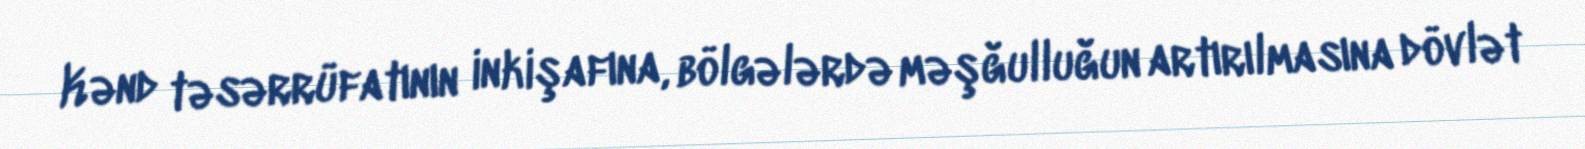
Kənd təsərrüfatının inkişafına, bölgələrdə məşğulluğun artırılmasına dövlət